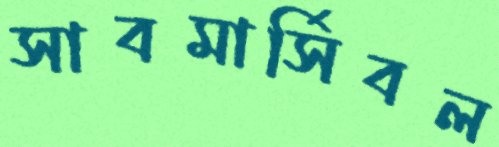
সাবমার্সিবল